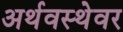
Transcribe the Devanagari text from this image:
अर्थवस्थेवर